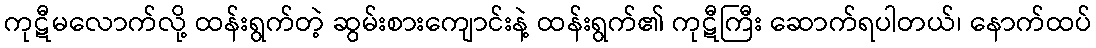
ကုဋီမလောက်လို့ ထန်းရွက်တဲ့ ဆွမ်းစားကျောင်းနဲ့ ထန်းရွက်၏ ကုဋီကြီး ဆောက်ရပါတယ်၊ နောက်ထပ်